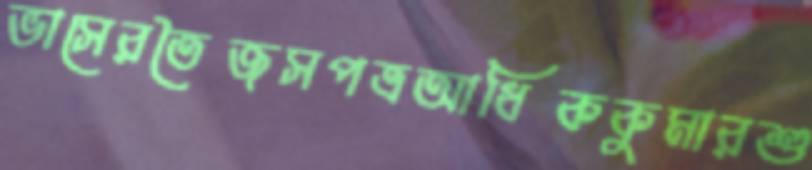
ভাসেরতৈজসপত্রআধিককুমারশু